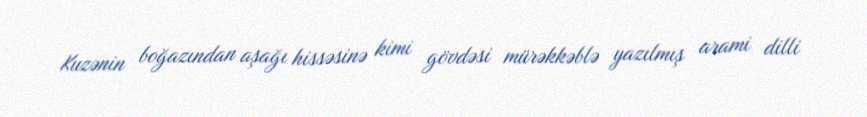
Kuzənin boğazından aşağı hissəsinə kimi gövdəsi mürəkkəblə yazılmış arami dilli